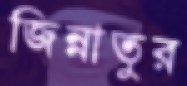
জিন্নাতুর